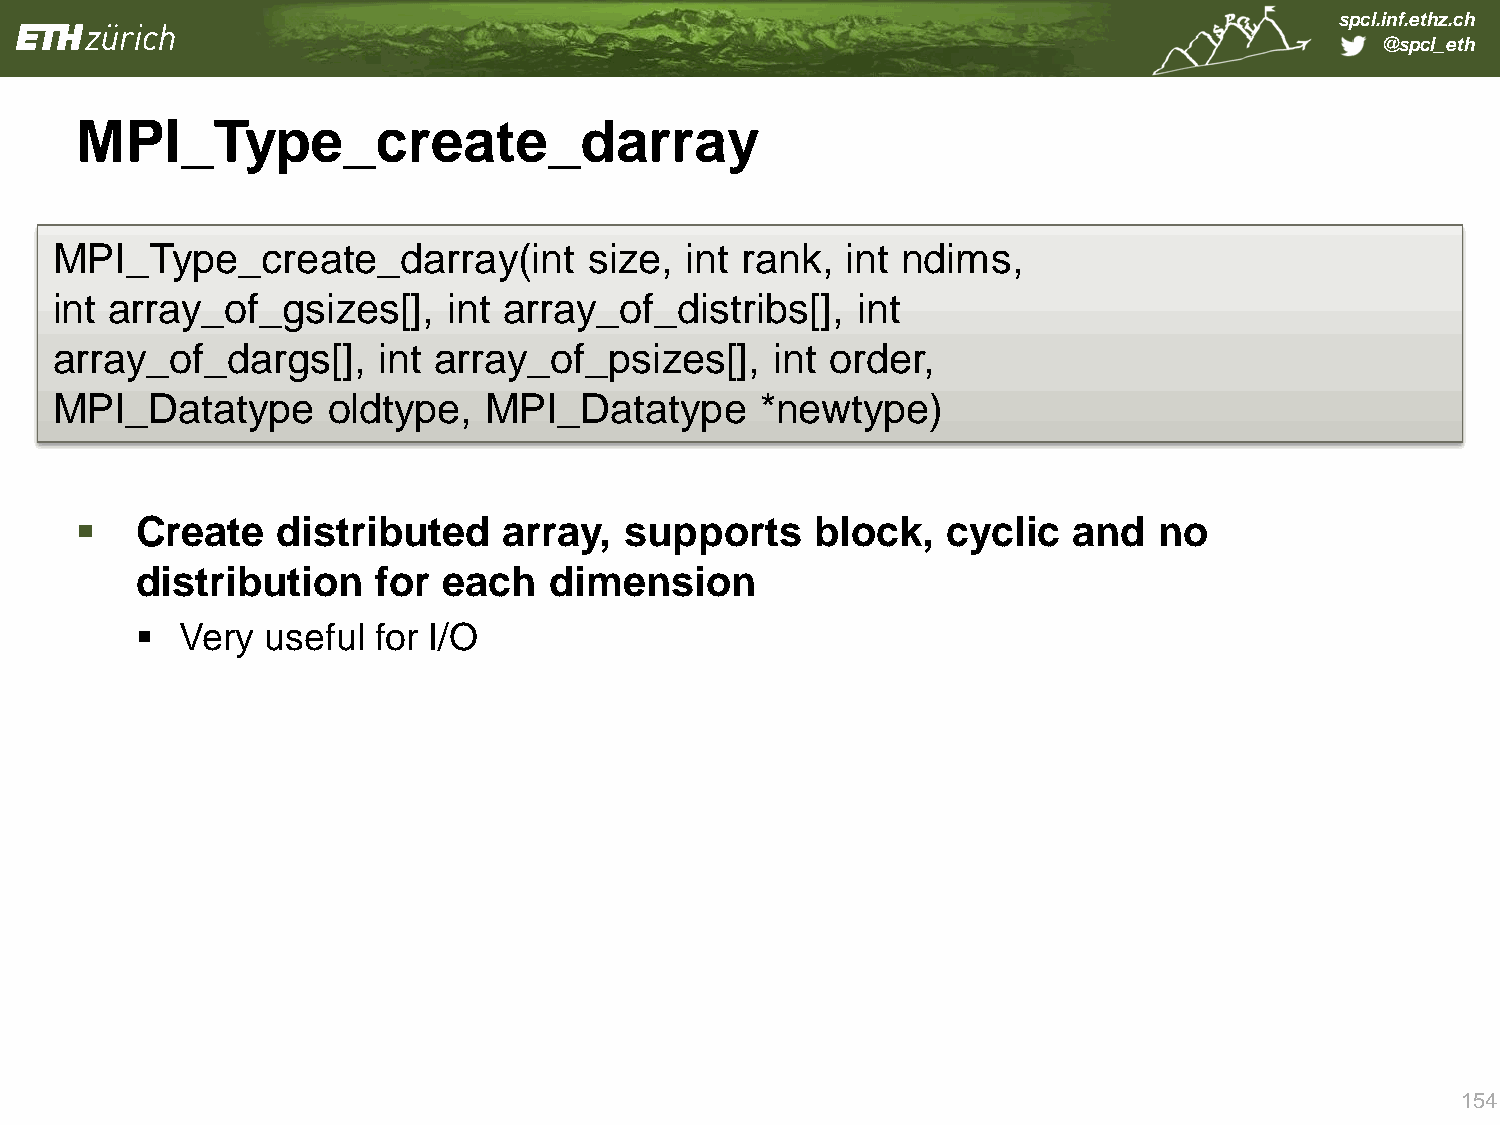
spcl.inf.ethz.ch
 @spcl_eth
 MPI_Type_create_darray
 MPI_Type_create_darray(int          size, int rank,  int ndims,
 int ar ray_of_gsizes[],    int array_of_distribs[],   int
 array_of_dargs[],     int array_of_psizes[],    int order,
 MPI_Datatype       oldtype,  MPI_Datatype      *newtype)
    Create   distributed    array,  supports     block,   cyclic  and   no
 distribution    for each   dimension
   Very useful  for I/O
 154